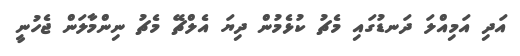
އަދި އަމިއްލަ ދަނޑުގައި މެޗު ކުޅެމުން ދިޔަ އެލްޗޭ މެޗު ނިންމާލަން ޖެހުނީ